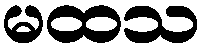
မထသ